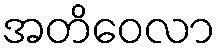
အတိဝေလာ